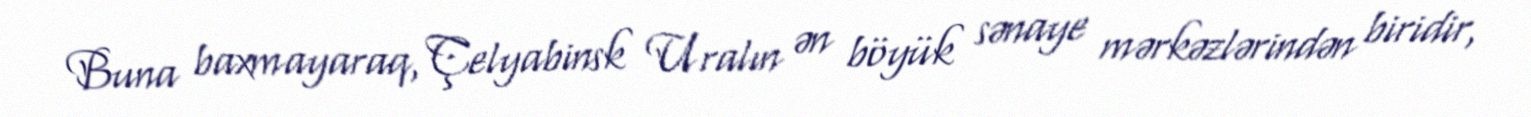
Buna baxmayaraq, Çelyabinsk Uralın ən böyük sənaye mərkəzlərindən biridir,